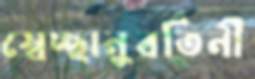
স্বেচ্ছানুবর্তিনী